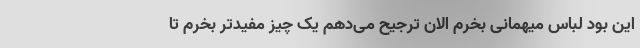
این بود لباس میهمانی بخرم الان ترجیح می‌دهم یک چیز مفیدتر بخرم تا